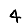
Digit: 4